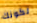
لكونك